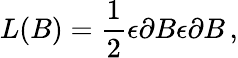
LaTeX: L(B)=\frac{1}{2}\epsilon\partial B\epsilon\partial B\, ,